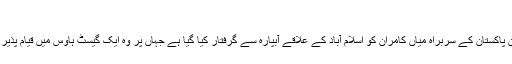
‘
موو آن پاکستان کے سربراہ میاں کامران کو اسلام آباد کے علاقے آبپارہ سے گرفتار کیا گیا ہے جہاں پر وہ ایک گیسٹ ہاوس میں قیام پذیر تھے۔